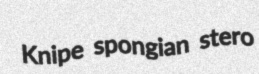
Knipe spongian stero